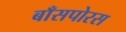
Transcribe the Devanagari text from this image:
बाँसपोरस